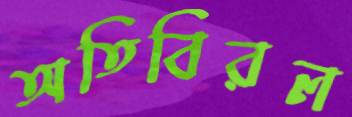
অতিবিরল